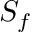
S _ { f }